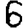
Digit: 6